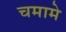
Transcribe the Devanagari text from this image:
चमामे